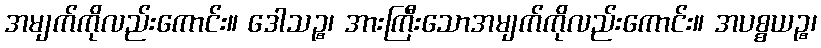
အမျက်ကိုလည်းကောင်း။ ဒေါသဉ္စ၊ အားကြီးသောအမျက်ကိုလည်းကောင်း။ အပစ္စယဉ္စ၊